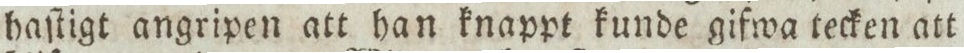
haſtigt angripen att han knappt kunde gifwa tecken att